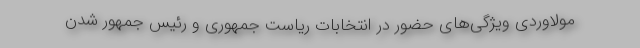
مولاوردی ویژگی‌های حضور در انتخابات ریاست جمهوری و رئیس جمهور شدن